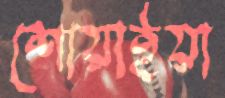
শোয়াইয়া